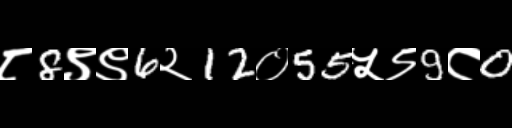
Text: ८8९९6२12०55५९9८0